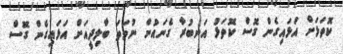
ކޮތަޅަށް އަޅައިގެން ގޮސް ކޮތަޅު އަނބުރާ ގެނައުން ނުވަތަ ބާލިދީއަށް އަޅައިގެން ގޮސް